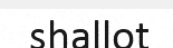
shallot